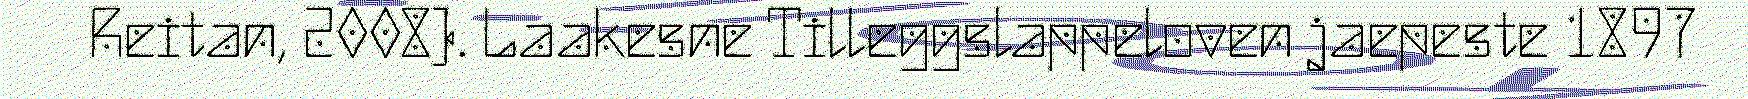
Reitan, 2008). Laakesne Tilleggslappeloven jaepeste 1897